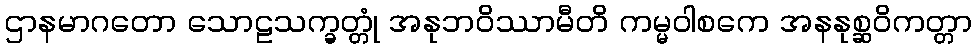
ဌာနမာဂတော သောဠသက္ခတ္တုံ အနုဘဝိဿာမီတိ ကမ္မဝါစကေ အနနုစ္ဆဝိကတ္တာ